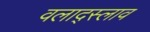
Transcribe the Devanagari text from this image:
वलाद्स्लाव